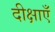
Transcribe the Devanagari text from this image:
दीक्षाएँ